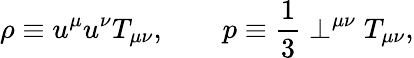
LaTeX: \rho\equiv u^{\mu}u^{\nu}T_{\mu\nu},\qquad p\equiv\frac{1}{3}\perp^{\mu\nu}T_{\mu\nu},